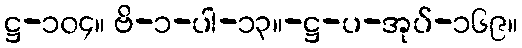
ဋ္ဌ-၁၀၄။ ဗိ-၁-ပါ-၁၃။-ဋ္ဌ-ပ-အုပ်-၁၆၉။